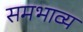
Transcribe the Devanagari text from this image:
समभाव्य